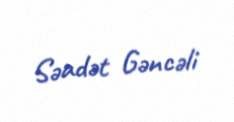
Səadət Gəncəli